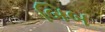
બિબ